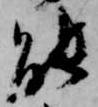
能